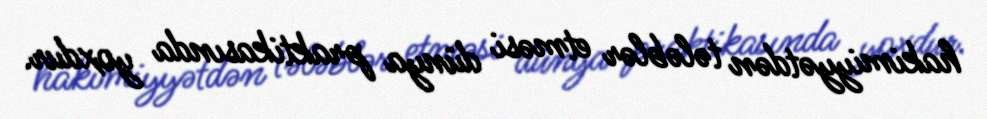
hakimiyyətdən tələblər etməsi dünya praktikasında yoxdur.